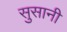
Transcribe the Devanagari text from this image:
सुसानी